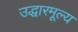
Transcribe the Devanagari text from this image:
उद्धारमूल्य